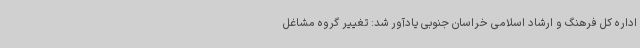
اداره کل فرهنگ و ارشاد اسلامی خراسان جنوبی یادآور شد: تغییر گروه مشاغل